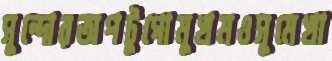
সুন্দোরঅপটুগোমুখমওসুমেখা